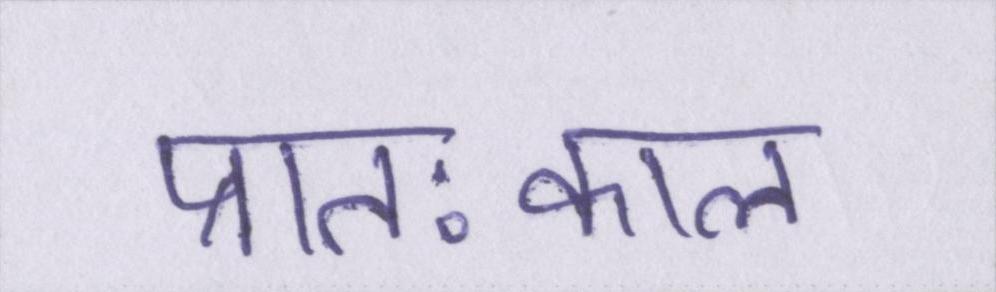
प्रातःकाल